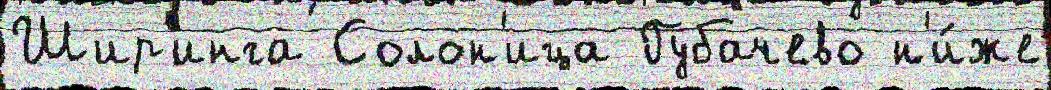
Шир'инга Солон'ица Губачево н'и́же